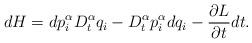
LaTeX: \begin{align*}dH=dp_{i}^{\alpha}D_{t}^{\alpha}q_{i}-D_{t}^{\alpha}p_{i}^{\alpha}dq_{i}-\frac{\partial L}{\partial t}dt.\end{align*}